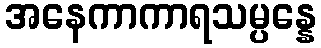
အနေကာကာရသမ္ပန္နေ